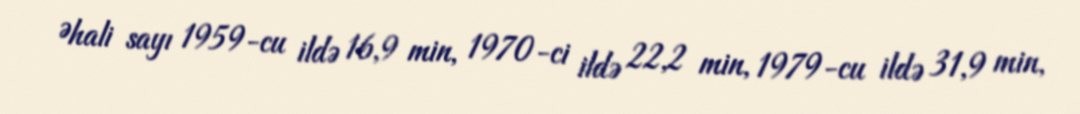
Əhali sayı 1959-cu ildə 16,9 min, 1970-ci ildə 22,2 min, 1979-cu ildə 31,9 min,